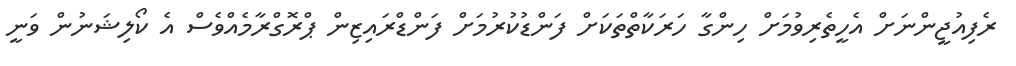
ރެފިއުޖީންނަށް އެހީތެރިވުމަށް ހިންގާ ހަރަކާތްތަކަށް ފަންޑުކުރުމަށް ފަންޑްރައިޒިން ޕްރޮގްރާމެއްވެސް އެ ކޯލިޝަނުން ވަނީ